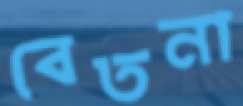
বেতনা